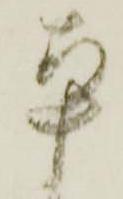
平